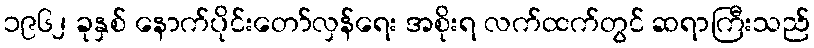
၁၉၆၂ ခုနှစ် နောက်ပိုင်းတော်လှန်ရေး အစိုးရ လက်ထက်တွင် ဆရာကြီးသည်